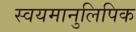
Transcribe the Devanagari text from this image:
स्वयमानुलिपिक